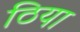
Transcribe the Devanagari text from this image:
ठिया